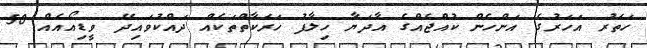
ހަތަރު އަހަރުގެ އަންހެން ކުއްޖެއްގެ އާދަޔާ ހިލާފު ހަރަކާތްތަކެއް ދައްކުވައިދޭ ވީޑިއޯއެއް 50